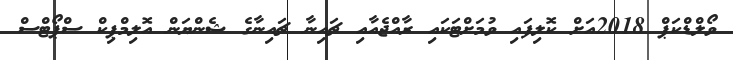
ވޯލްޑްކަޕް 2018އަށް ކޮލިފައި ވުމަށްޓަކައި ރާއްޖެއާއި ޗައިނާ ޗައިނާގެ ޝެންޔަން އޮލިމްޕިކް ސްޕޯޓްސް